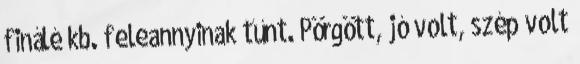
finálé kb. feleannyinak tűnt. Pörgött, jó volt, szép volt